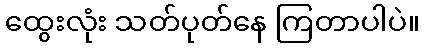
ထွေးလုံး သတ်ပုတ်နေ ကြတာပါပဲ။